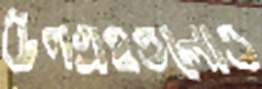
উপগ্রহগুলোও